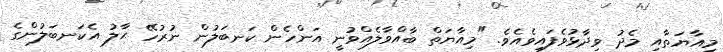
މިއާޔަތާއި މެދު ވިދާޅުވެފައިވެއެވެ. "މިއާޔަތް ބާއްވާލެއްވުނީ އަންހެން ކަނބަލުން ނުރުހޭ ޙާލު އެކަނބަލުންގެ